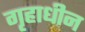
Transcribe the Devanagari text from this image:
गृहाधीन